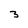
Character: 3